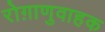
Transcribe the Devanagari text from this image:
रोग़ाणुवाहक